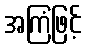
အကြံဖြင့်